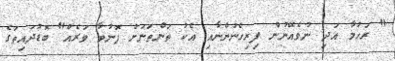
" ރަހުމާ އަދި ނުވެއޭނުން ފިރިހެނުންނާއި އެކު ތަންތަނަށް ފޮނުވާ ވަރެއް" ބޮޑުދައިތަގެ